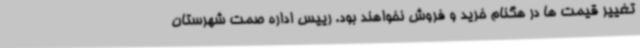
تغییر قیمت ها در هگنام خرید و فروش نخواهند بود. رییس اداره صمت شهرستان